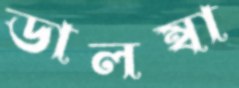
ডালম্বা